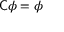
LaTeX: { \mathsf { C } } \phi = \phi